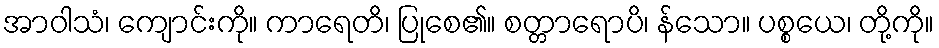
အာဝါသံ၊ ကျောင်းကို။ ကာရေတိ၊ ပြုစေ၏။ စတ္တာရောပိ၊ န်သော။ ပစ္စယေ၊ တို့ကို။